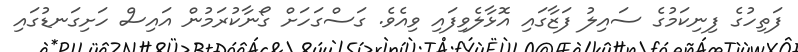
ފަތިހުގެ ފިނިކަމުގެ ސައިލު ފަޒާގައި އޮޅާލެވިފައި ވިއެވެ. ގަސްގަހަށް ގޯނާކުރަމުން އައިސް ހަށިގަނޑުގައި